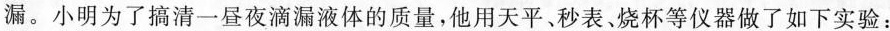
漏。小明为了搞清一昼夜滴漏液体的质量，他用天平、秒表、烧杯等仪器做了如下实验：